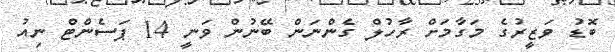
ބޮޑު ވަޒީރުގެ މަގާމަށް ރާހުލް ގެންނަން ބޭނުން ވަނީ 14 ޕަސެންޓް ނިއު